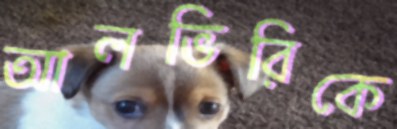
আলভিরিকে